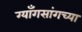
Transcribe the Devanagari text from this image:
ग्याँगसांगच्या